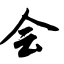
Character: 会